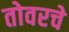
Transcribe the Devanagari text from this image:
तोवरचे